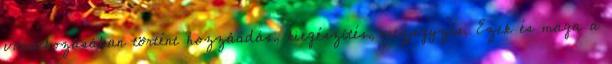
vonatkozásában történt hozzáadás, kiegészítés, megjegyzés. Ezek és maga a